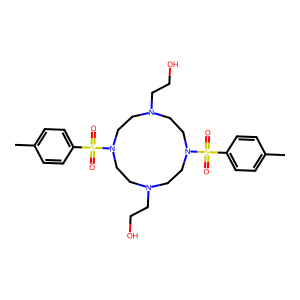
SMILES: Cc1ccc(S(=O)(=O)N2CCN(CCO)CCN(S(=O)(=O)c3ccc(C)cc3)CCN(CCO)CC2)cc1
Inhibits HIV replication: No